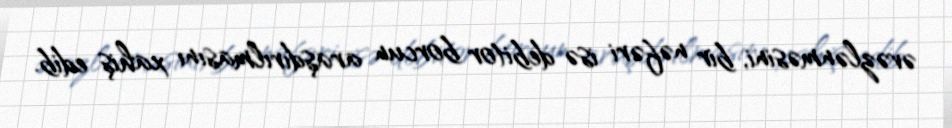
əvəzlənməsini, bir nəfəri isə debitor borcun araşdırılmasını xahiş edib.